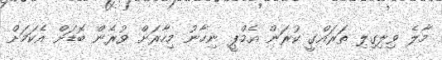
މާލެ ވިލިިގިލި ތަރައްގީ ކުރަން އެމްޕީ ނިހާނު މިހާރަށް ވުރެން ބޮޑަށް އެކަމަށް